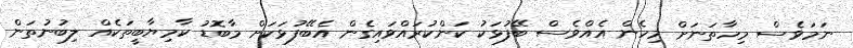
ނަމަވެސް މިހާތަނަށް މިހެން އެއްވެސް ބޭފުޅަކު ކަންކުރައްވައިގެން އެބޭފުޅަކަށް މާބޮޑު ކާމިޔާބީތަކެއް ލިބުނުތަން